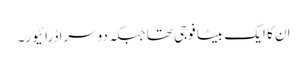
ان کا ایک بیٹا فوجی تھا جبکہ دوسرا ڈرائیور۔